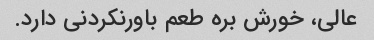
عالی، خورش بره طعم باورنکردنی دارد.